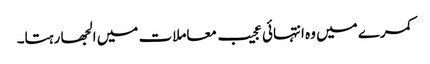
کمرے میں وہ انتہائی عجیب معاملات میں الجھا رہتا۔